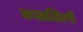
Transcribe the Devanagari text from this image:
कलाशिल्पी